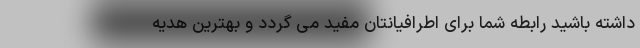
داشته باشید رابطه شما برای اطرافیانتان مفید می گردد و بهترین هدیه